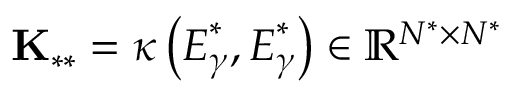
\mathbf { K } _ { \ast \ast } = \kappa \left( \boldsymbol { E } _ { \gamma } ^ { \ast } , \boldsymbol { E } _ { \gamma } ^ { \ast } \right) \in \mathbb { R } ^ { N ^ { \ast } \times N ^ { \ast } }